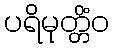
ပရိမုတ္တိံဝ